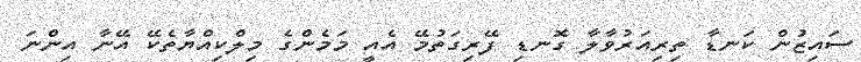
ސައިޒުން ކަނޑާ ތިރިއަރުވާލާ ގޮނޑި ފޭރިގަތުމޭ އެއީ މަމެންގެ މިލްކިއްޔާތެކޭ އޭނާ އިންނަ